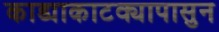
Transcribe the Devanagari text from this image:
काड्याकाटक्यापासुन